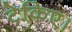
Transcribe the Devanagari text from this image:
टेकिए।